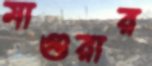
মাগুরার